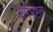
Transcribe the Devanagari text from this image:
कर्मभ्रष्टता